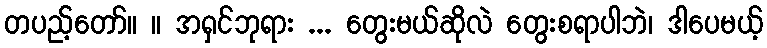
တပည့်တော်။ ။ အရှင်ဘုရား ... တွေးမယ်ဆိုလဲ တွေးစရာပါဘဲ၊ ဒါပေမယ့်